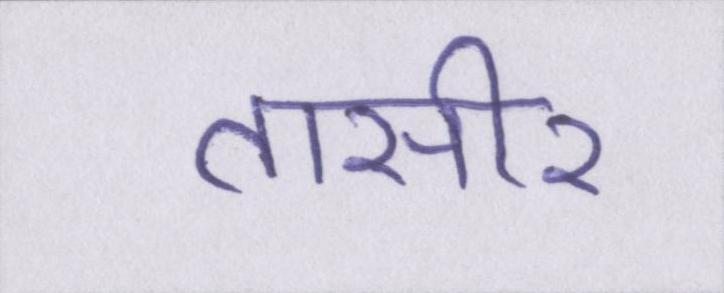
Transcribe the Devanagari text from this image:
तासीर